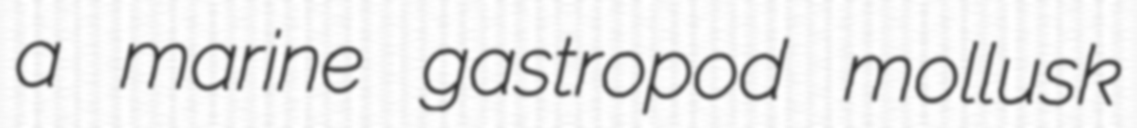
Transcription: a marine gastropod mollusk